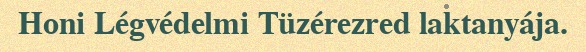
Honi Légvédelmi Tüzérezred laktanyája.